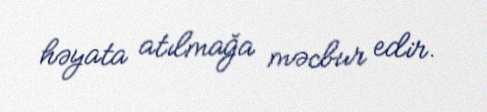
həyata atılmağa məcbur edir.